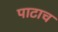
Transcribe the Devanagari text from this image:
पाटाच